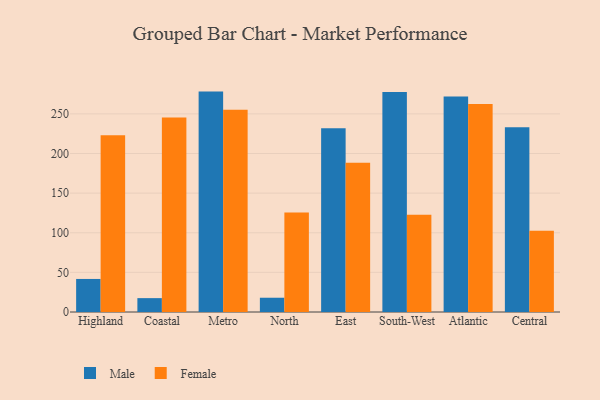
{"axis": {"x": "Region", "y": "Bounce Rate (%)"}, "legend": ["Female", "Male"], "data": [{"x": "Highland", "y": 41.7, "type": "Male"}, {"x": "Highland", "y": 223.0, "type": "Female"}, {"x": "Coastal", "y": 17.5, "type": "Male"}, {"x": "Coastal", "y": 245.3, "type": "Female"}, {"x": "Metro", "y": 278.1, "type": "Male"}, {"x": "Metro", "y": 255.1, "type": "Female"}, {"x": "North", "y": 18.0, "type": "Male"}, {"x": "North", "y": 125.4, "type": "Female"}, {"x": "East", "y": 231.7, "type": "Male"}, {"x": "East", "y": 188.4, "type": "Female"}, {"x": "South-West", "y": 277.6, "type": "Male"}, {"x": "South-West", "y": 122.6, "type": "Female"}, {"x": "Atlantic", "y": 272.0, "type": "Male"}, {"x": "Atlantic", "y": 262.4, "type": "Female"}, {"x": "Central", "y": 233.0, "type": "Male"}, {"x": "Central", "y": 102.4, "type": "Female"}]}